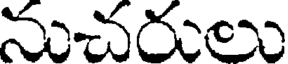
నుచరులు